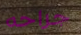
جراحه